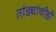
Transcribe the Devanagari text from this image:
तांड्यांचीही